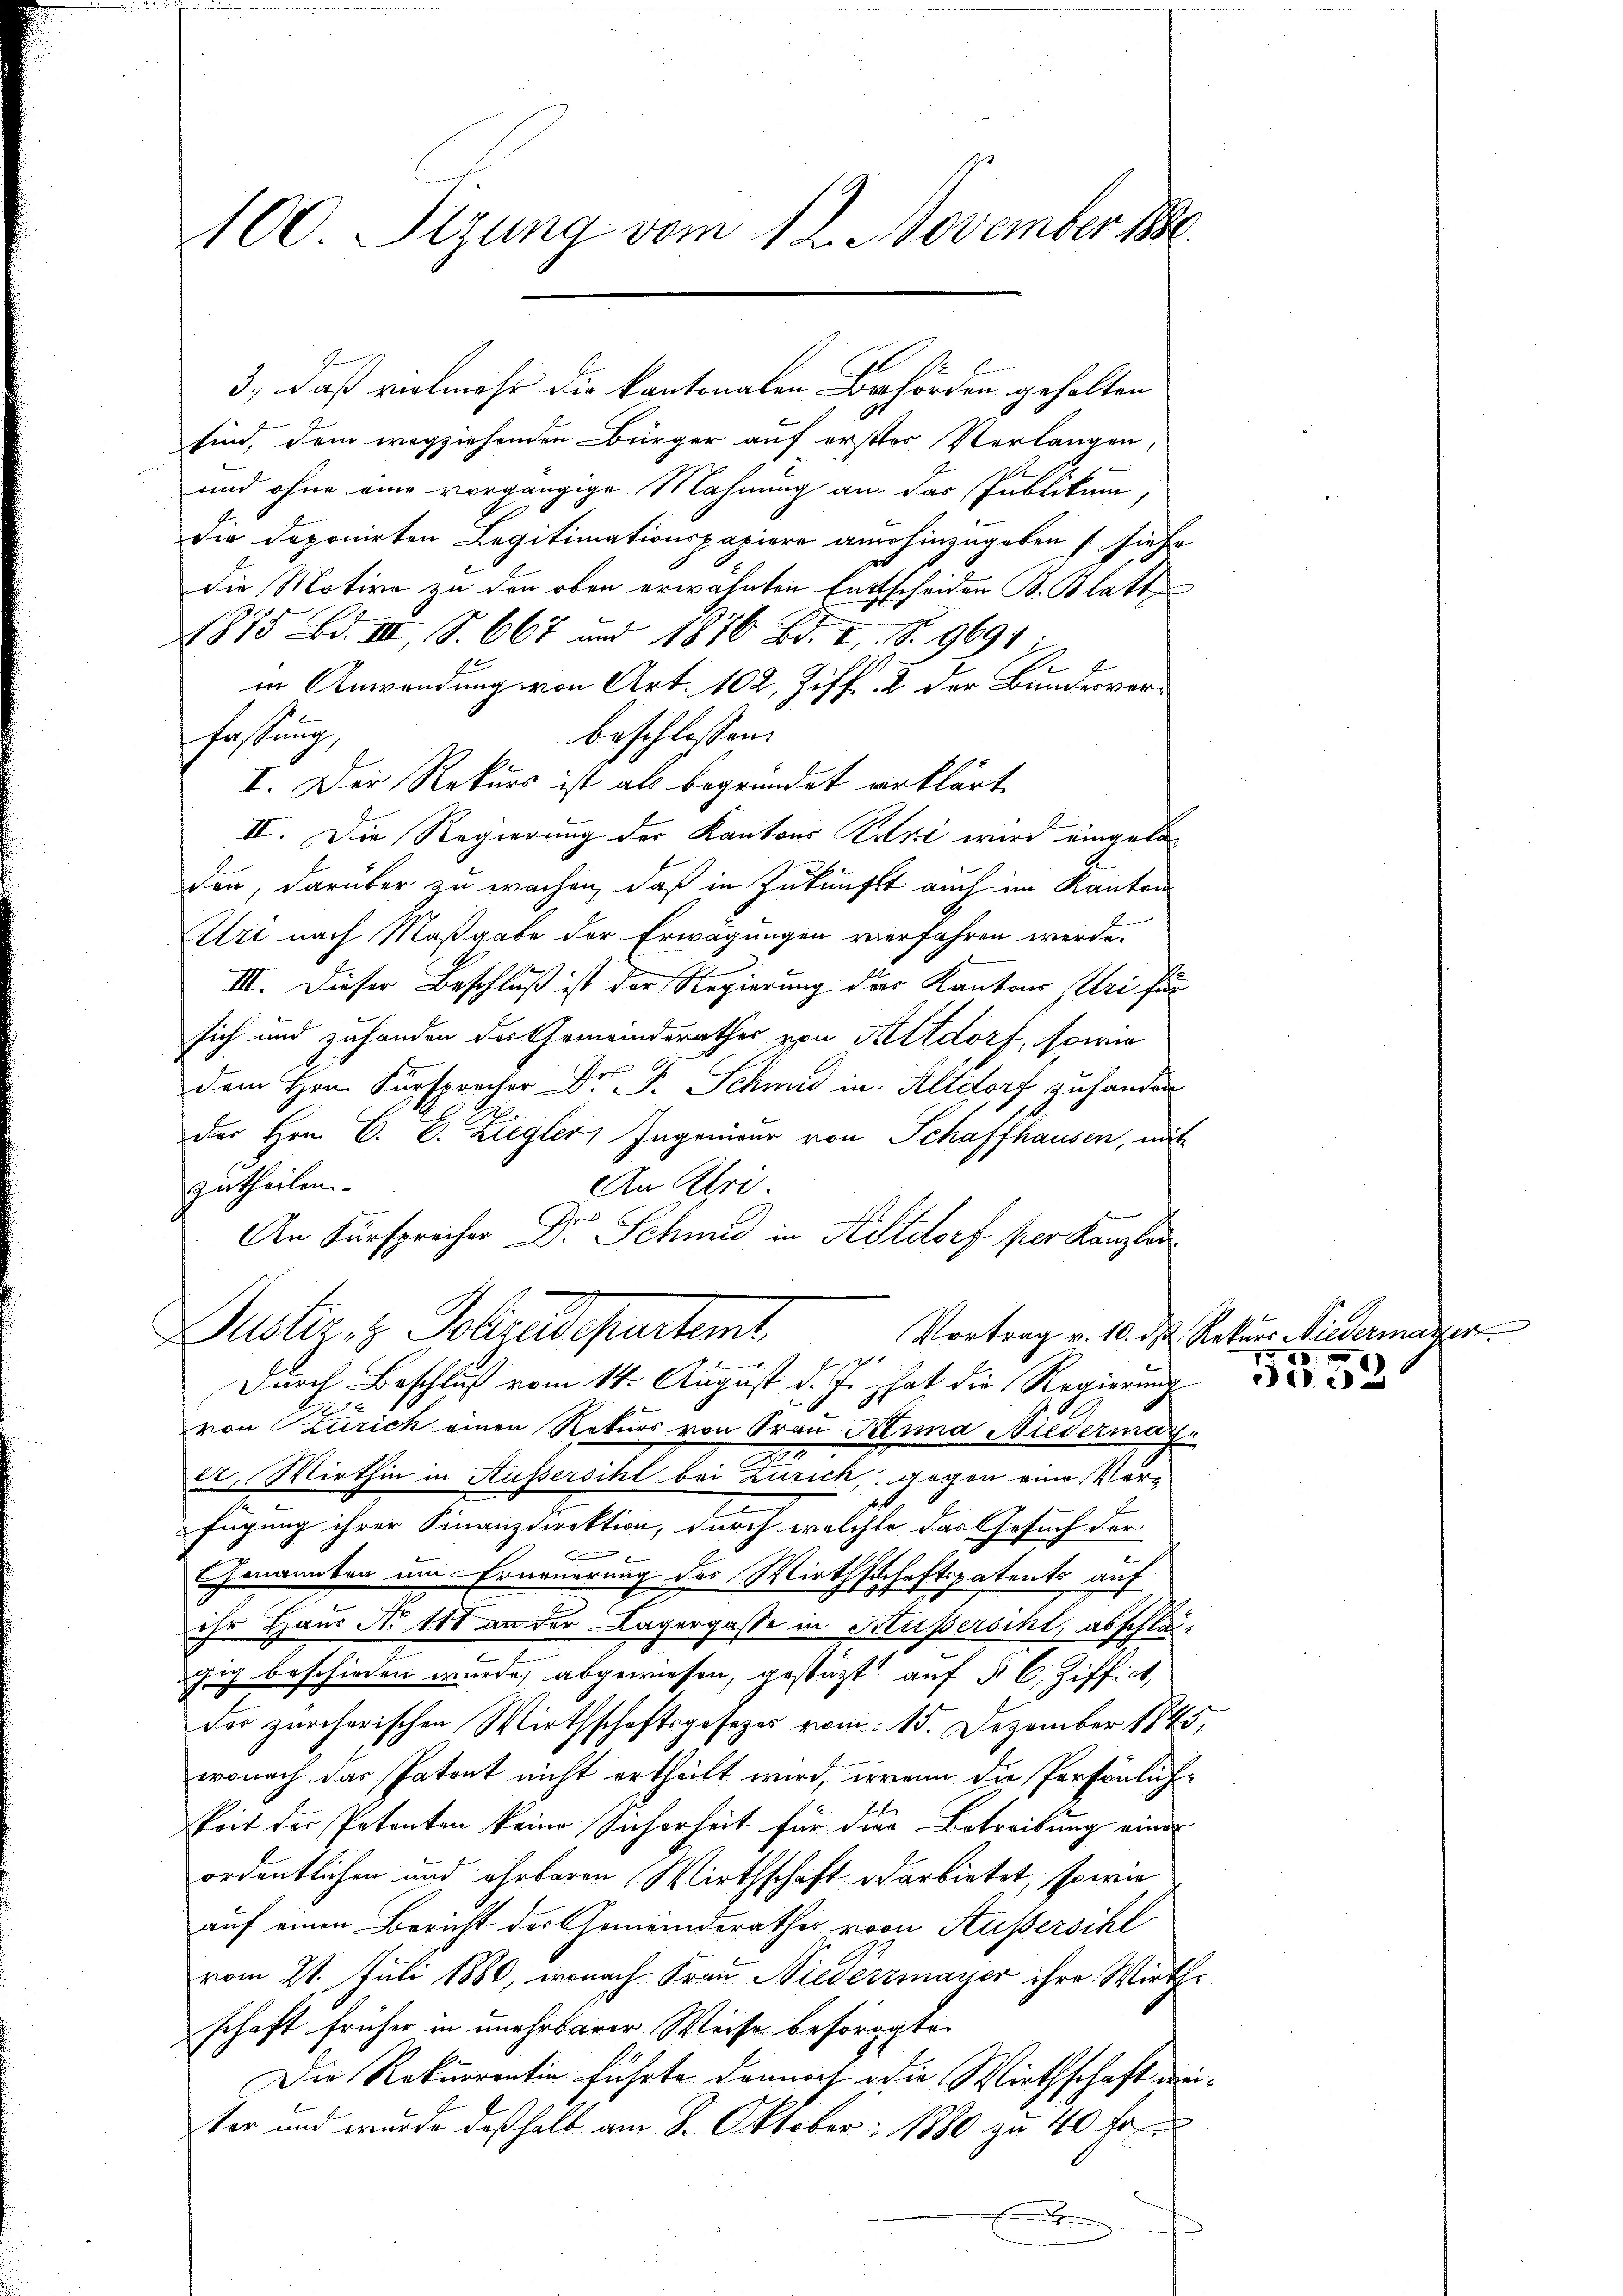
100 Sizung vom 12. November 1880

3., daß vielmehr die kantonalen Behörden geholten
sind, dem wegziehenden Bürger auf erster Verlangen
und ohne eine vorgängige Mahnung an das Publikum,
die doponirten Legitimationspapiere am hinzugeben (siehe
die Motive zu den oben erwähnten Entscheiden B. Blatt
1875 Bd. III, S. 667 und 1876 Bd. I, S. 9691
in Anwendung von Art. 102, Ziff. 2 der Bundesverbeschlossen:
fassung,
I. Der Rekurs ist als begründet erklärt,
II. Die Regierung der Kantons Kuri wird eingeladen, darüber zu wachen, daß in Zukunft auch im Kanton
Uri nach Maßgabe der Erwägungen verfahren werde.
III. Dieser Beschluß ist der Regierung des Kantons Uri für
sich und zuhanden des Gemeindsrathes von Altdorf, sowie
dem Hrn. Fürsprecher Dr. F. Schmid in Altdorf zu handen
des Hrn. E. E. Ziegler, Ingenieur von Schaffhausen, nähe
zutheilen.
An Ulri
An Fürsprecher Dr. Schmid in Altdorf per Kanzlei
Justiz & Polyedepartamt
Vortrag v. 10. d. Rekurs Niedermayer

Durch Beschluß vom 14. August d. J. hat die Regierung
von Zürich einen Rekurs von Frau Klima Niedermag
er. Wirthin in Außersihl bei Zürich, gegen eine Verfügung ihrer Finanzdirektion, durch welche das Gesuch der
b
e
Genannten am Erneuerung des Wirthschaftspatents auf
ihr Haus No 110 an der Lagergasse in Kusserscht, abschlägig beschieden wurde, abgewiesen, gestützt auf § 6, Ziff. c,
der zürcherischen Wirthschaftsgesezes vom 15. Dezember 1845,
wonach das Patent nicht ertheilt wird, wenn die Persönlichkeit der Petenten keine Sicherheit für die Betreibung einer
ordentlichen und ehrbaren Wirthschaft darbietet, sowie
auf einen Bericht der Gemeinderathes von Aussersihl
vom 21. Juli 1880, wonach Frau Niederzmayer ihre Wirthschaft früher in unehrbarer Weise besorgte.
Die Rekurrentin führte dannoch die Wirthschaft einter und wurde deßhalb am 8. Oktober: 1880 zu 40 Fr
x

c